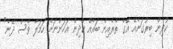
ކުދިން ބިރުގަނެއޭ އޭގެ ތެރެއިން ބައެއް ކުދިން އަހަންނަށް ހަމަލާ ވެސް ދޭނެ"